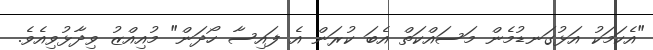
"އެކަމަކު އަޅުގަނޑުމެން މަސައްކަތް އެބަ ކުރަން އެ ފައިސާ ހޯދަން" މުއިއްޒު ވިދާޅުވިއެވެ.